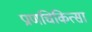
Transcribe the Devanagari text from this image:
प्राणचिकित्सा